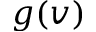
g ( v )